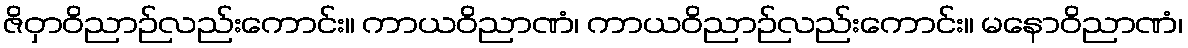
ဇိဝှာဝိညာဉ်လည်းကောင်း။ ကာယဝိညာဏံ၊ ကာယဝိညာဉ်လည်းကောင်း။ မနောဝိညာဏံ၊